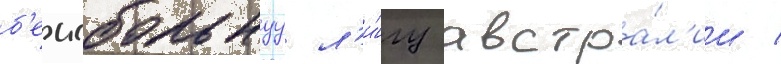
б'еисбольнуу л'и́гу австра́л'ии /